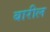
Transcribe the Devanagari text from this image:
बारील